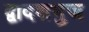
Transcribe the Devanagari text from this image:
द्वादशभुज